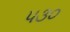
૫૩૦